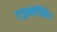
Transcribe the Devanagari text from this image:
टाइमबॉक्सिंग